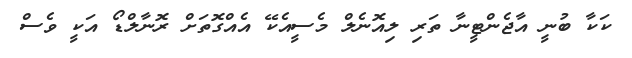
ކަކާ ބުނީ އާޖެންޓީނާ ތަރި ލިއޮނެލް މެސީއެކޭ އެއްގޮތަށް ރޮނާލްޑޯ އަކީ ވެސް